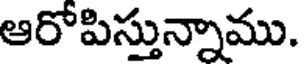
ఆరోపిస్తున్నాము.